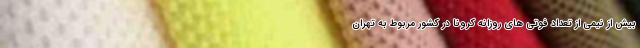
بیش از نیمی از تعداد فوتی های روزانه کرونا در کشور مربوط به تهران